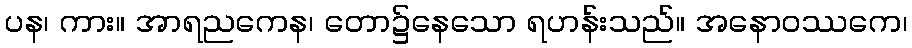
ပန၊ ကား။ အာရညကေန၊ တော၌နေသော ရဟန်းသည်။ အနောဝဿကေ၊